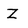
Character: Z